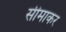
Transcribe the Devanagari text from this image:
सीमाकर